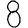
Digit: 8